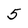
Character: 5